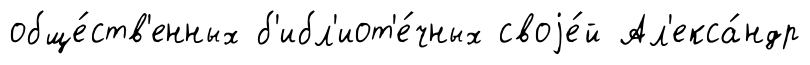
обще́ств'енных б'ибл'иот'е́чных своjе́й Ал'екса́ндр